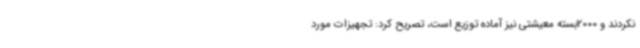
نکردند و 2000بسته معیشتی نیز آماده توزیع است، تصریح کرد: تجهیزات مورد